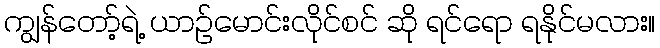
ကျွန်တော့်ရဲ့ ယာဉ်မောင်းလိုင်စင် ဆို ရင်ရော ရနိုင်မလား။